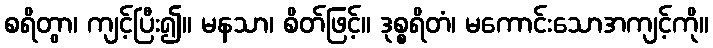
စရိတွာ၊ ကျင့်ပြီး၍။ မနသာ၊ စိတ်ဖြင့်။ ဒုစ္စရိတံ၊ မကောင်းသောအကျင့်ကို။